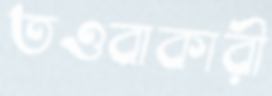
তওবাকারী